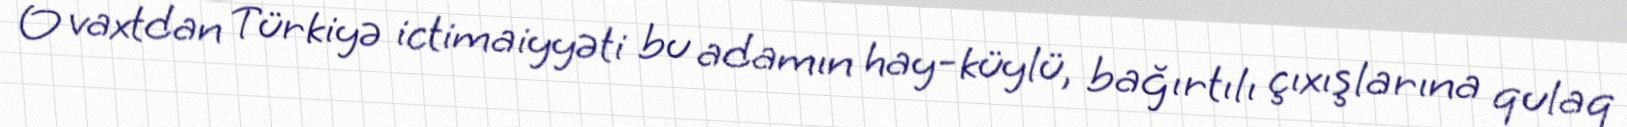
O vaxtdan Türkiyə ictimaiyyəti bu adamın hay-küylü, bağırtılı çıxışlarına qulaq